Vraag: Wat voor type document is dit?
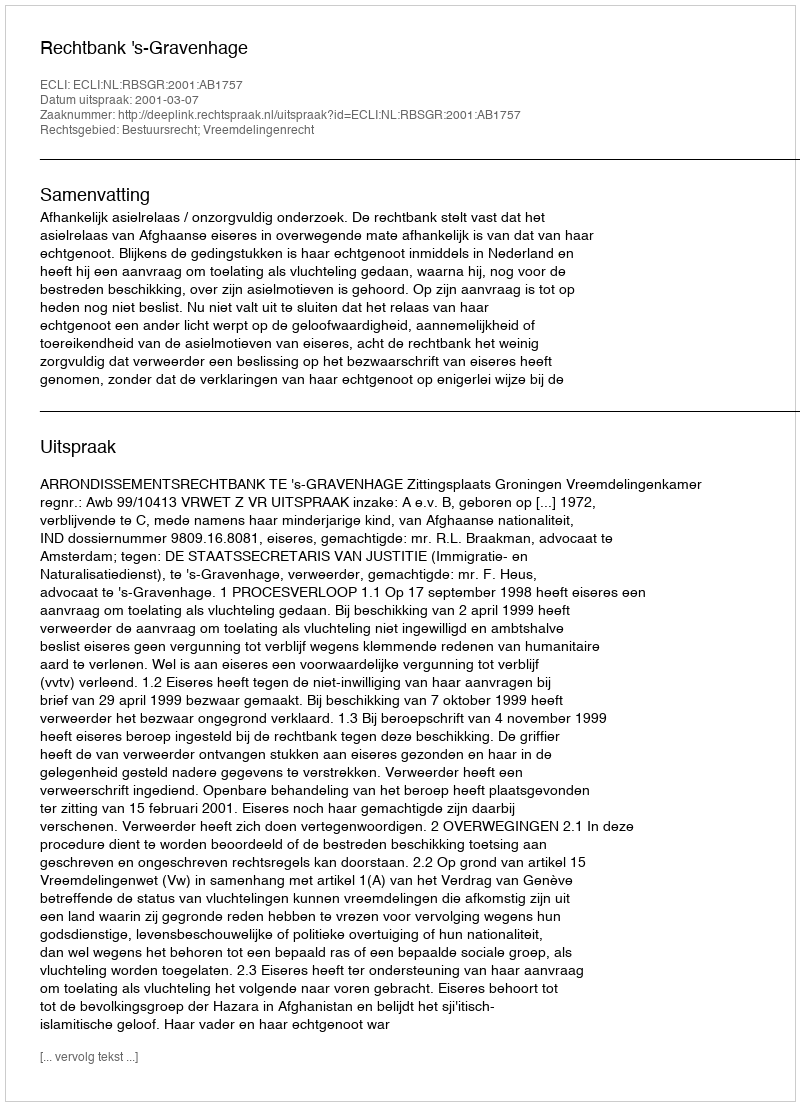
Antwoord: Uitspraak